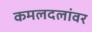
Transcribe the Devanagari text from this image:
कमलदलांवर